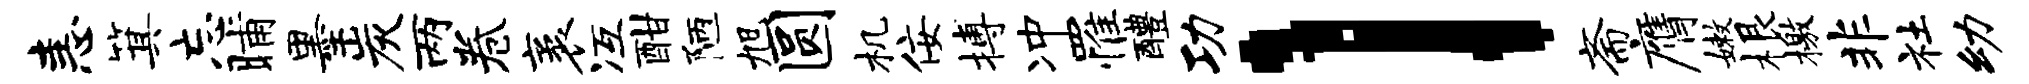
恚箕忘晡墨炭两卷袤冱酣陋旭圆机佞搏冲罹醴功l斋膺嫩根檄非社幼